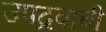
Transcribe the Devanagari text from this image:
उपद्रवाची